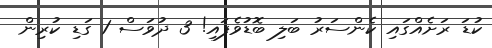
ކުޑަ ރަށެއްގައި ކެންސަރު ބަލި ބޮޑުވެފައި! 3 ދުވަސް 1 ގަޑި ކުރިން